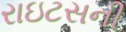
રાઇટસની